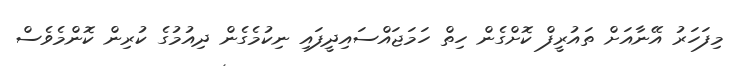
މިފަހަރު އޭނާއަށް ތައުރީފް ކޮށްގެން ހިތް ހަމަޖައްސައިދީފައި ނިކުމެގެން ދިއުމުގެ ކުރިން ކޮންމެވެސް